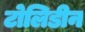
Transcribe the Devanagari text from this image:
टोलिडीन